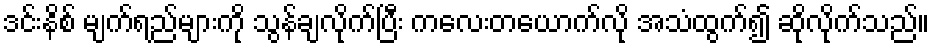
ဒင်းနိစ် မျက်ရည်များကို သွန်ချလိုက်ပြီး ကလေးတယောက်လို အသံထွက်၍ ဆိုလိုက်သည်။